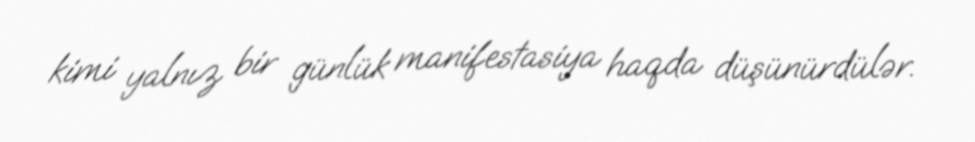
kimi yalnız bir günlük manifestasiya haqda düşünürdülər.